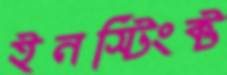
ইনস্টিংক্ট